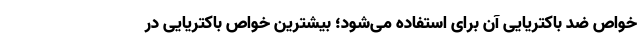
خواص ضد باکتریایی آن برای استفاده می‌شود؛ بیشترین خواص باکتریایی در